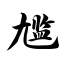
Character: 尴